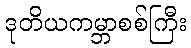
ဒုတိယကမ္ဘာစစ်ကြီး